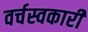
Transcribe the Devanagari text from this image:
वर्चस्वकारी